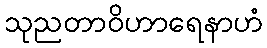
သုညတာဝိဟာရေနာဟံ